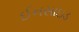
ઈનસાઇડ